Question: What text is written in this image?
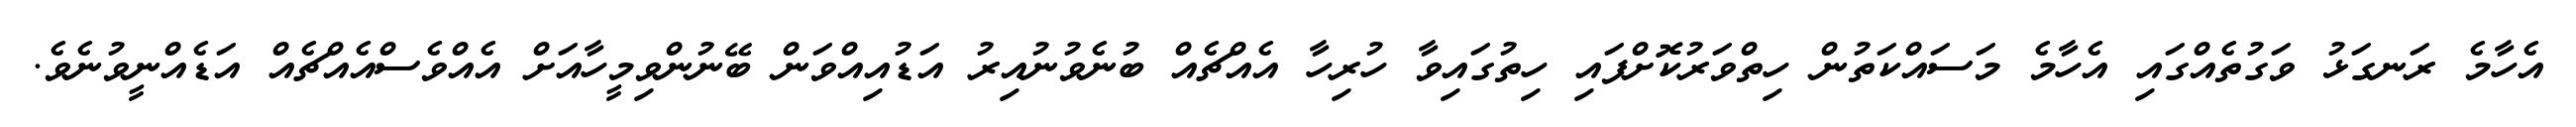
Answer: އެހާމެ ރަނގަޅު ވަގުތެއްގައި އެހާމެ މަސައްކަތުން ހިތްވަރުކޮށްފައި ހިތުގައިވާ ހުރިހާ އެއްޗެއް ބުނެވުނުއިރު އަޑުއިއްވަން ބޭނުންވިމީހާއަށް އެއްވެސްއެއްޗެއް އަޑެއްނީވުނެވެ.